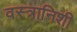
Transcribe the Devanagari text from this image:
वस्त्रानिशी